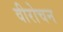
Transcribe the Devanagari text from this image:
वीरोचन